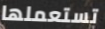
تستعملها